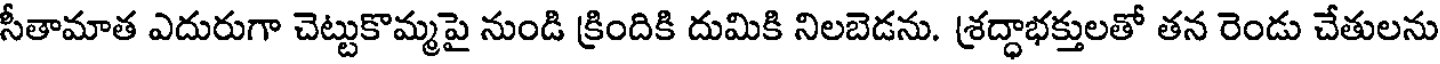
సీతామాత ఎదురుగా చెట్టుకొమ్మపై నుండి క్రిందికి దుమికి నిలబెడను. శ్రద్ధాభక్తులతో తన రెండు చేతులను